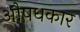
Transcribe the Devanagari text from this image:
औषधकार